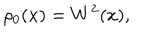
LaTeX: \rho _ { 0 } ( x ) = W ^ { 2 } ( x ) ,